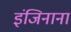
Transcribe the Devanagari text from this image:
इंजिनाना